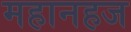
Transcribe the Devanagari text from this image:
महानहज